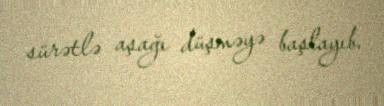
sürətlə aşağı düşməyə başlayıb.